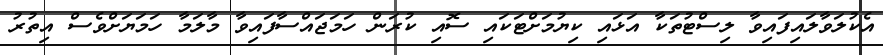
އެކުލަވާލައިފައިވާ ލިސްޓުތަކާ އަޅައި ކިޔުމަށްޓަކައި ސޮއި ކުރަން ހަމަޖައްސާފައިވާ މާލަމާ ހަމަޔަށްވެސް އިތުރު